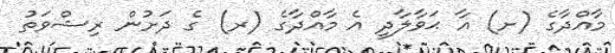
މާއްދާގެ (ށ) އާ ޙަވާލާދީ އެ މާއްދާގެ (ރ) ގެ ދަށުން ރިޝްވަތު